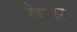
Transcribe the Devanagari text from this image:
रेयनर